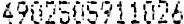
4902505911026